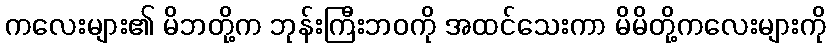
ကလေးများ၏ မိဘတို့က ဘုန်းကြီးဘဝကို အထင်သေးကာ မိမိတို့ကလေးများကို